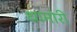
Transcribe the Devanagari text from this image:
धामोरी